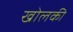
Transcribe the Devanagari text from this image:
खोलकी